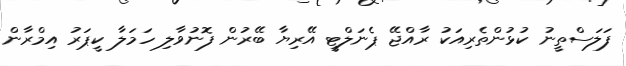
ފަލަސްތީނު ކުޅުންތެރިއަކު ރާއްޖޭ ޕެނަލްޓީ އޭރިޔާ ބޭރުން ފޮނުވާލި ހަމަލާ ކީޕަރު އިމްރާން